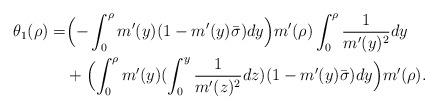
LaTeX: \begin{align*}\theta_1(\rho)=&\Bigl(-\int_0^\rho m'(y)(1-m'(y)\bar\sigma)dy\Bigr)m'(\rho)\int_0^\rho\frac{1}{m'(y)^2}dy \\&+ \Bigl(\int_0^\rho m'(y)(\int_0^y \frac{1}{m'(z)^2}dz) (1-m'(y)\bar\sigma)dy \Bigr)m'(\rho).\end{align*}